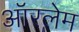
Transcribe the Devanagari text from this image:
ऑरलेम